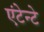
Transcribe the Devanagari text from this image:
एंटेन्टे